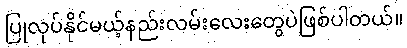
ပြုလုပ်နိုင်မယ့်နည်းလမ်းလေးတွေပဲဖြစ်ပါတယ်။